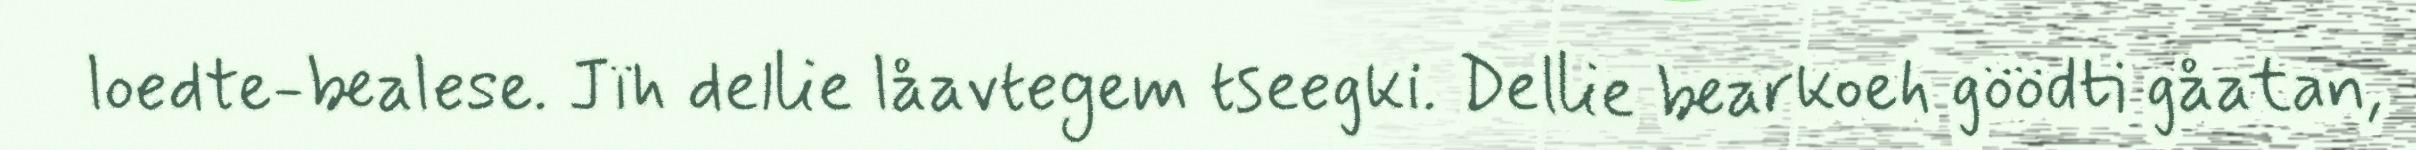
loedte-bealese. Jïh dellie låavtegem tseegki. Dellie bearkoeh göödti gåatan,